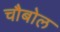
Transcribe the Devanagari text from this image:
चौबोल